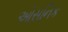
ઓસનિક